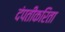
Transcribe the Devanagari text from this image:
दंपतीकरिता